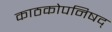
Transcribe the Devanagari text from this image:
काठकोपनिषद्